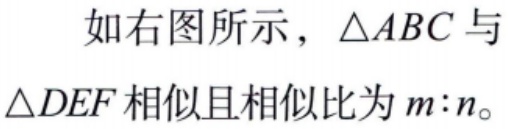
如右图所示，\(\triangle ABC\)与\(\triangle DEF\)相似且相似比为\(m:n\)。